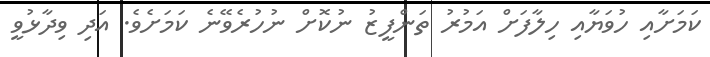
ކަމަށާއި ހުވަޔާއި ހިލާފަށް އަމުރު ތަންފީޒު ނުކޮށް ނުހުރެވޭނެ ކަމަށެވެ. އަދި ވިދާޅުވީ